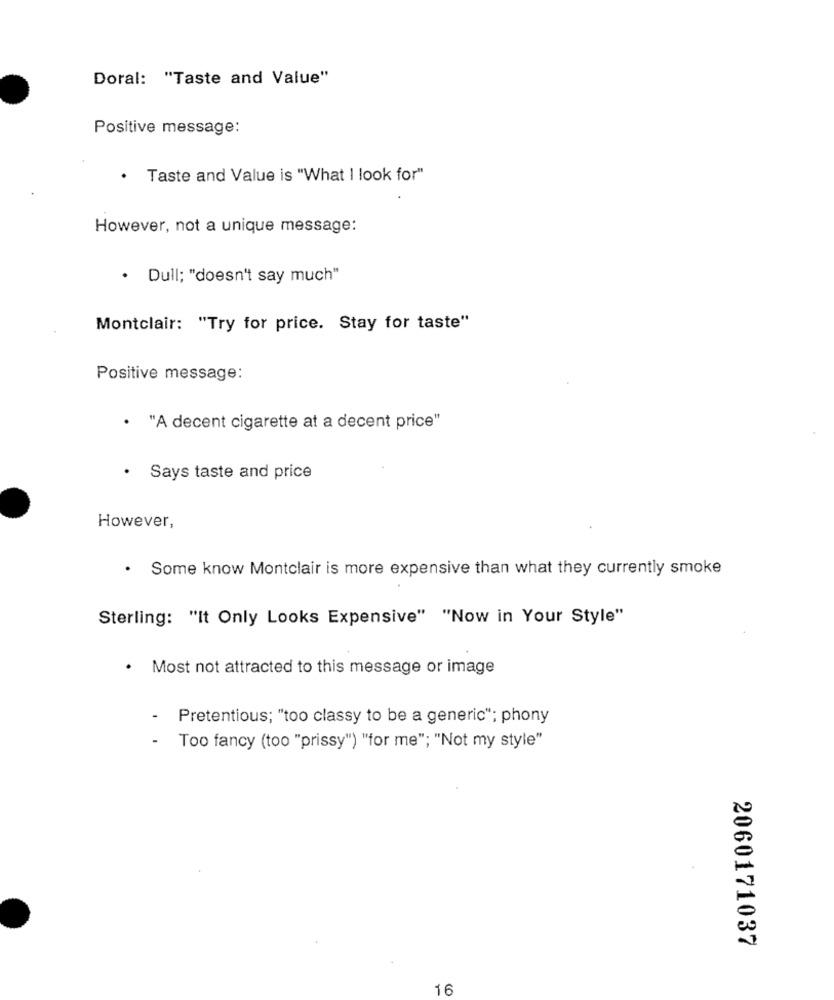
Doral: "Taste and Value"
Positive message:
.
Taste and Value is "What I look for"
However, not a unique message:
· Dull; "doesn't say much"
Montclair: "Try for price. Stay for taste"
Positive message:
· "A decent cigarette at a decent price"
· Says taste and price
However,
. Some know Montclair is more expensive than what they currently smoke
Sterling: "It Only Looks Expensive" "Now in Your Style"
· Most not attracted to this message or image
-
Pretentious; "too classy to be a generic"; phony
- Too fancy (too "prissy") "for me"; "Not my style"
2060171037
16